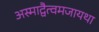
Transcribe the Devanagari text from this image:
अस्माद्वैत्वमजायथा